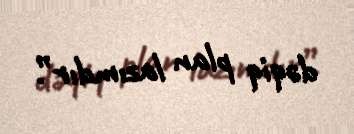
dəqiq plan lazımdır”.